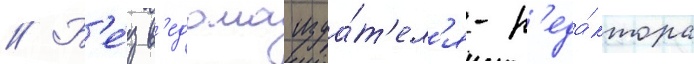
// Б'е́з в'едома изда́т'ел'я-р'еда́ктора